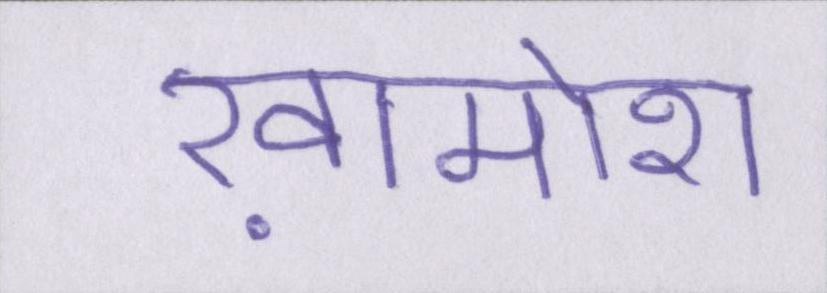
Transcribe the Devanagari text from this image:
ख़ामोश